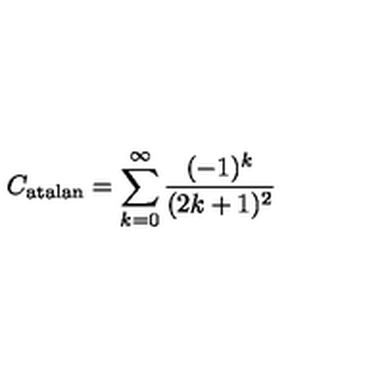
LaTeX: C _ { \mathrm { a t a l a n } } = \sum _ { k = 0 } ^ { \infty } \frac { ( - 1 ) ^ { k } } { ( 2 k + 1 ) ^ { 2 } }